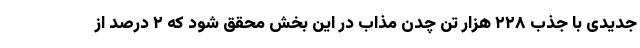
جدیدی با جذب ۲۲۸ هزار تن چدن مذاب در این بخش محقق شود که ۲ درصد از